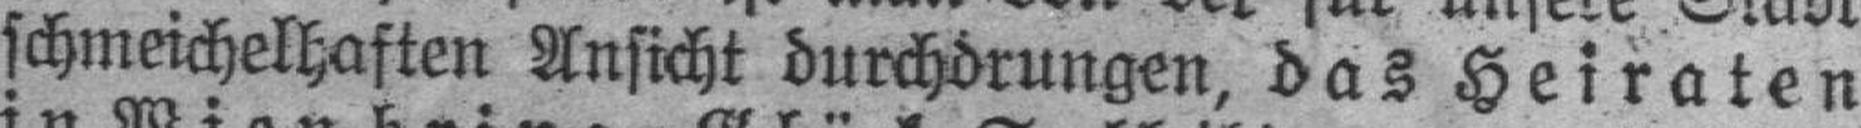
schmeichelhaften Ansicht durchdrungen, das Heiraten